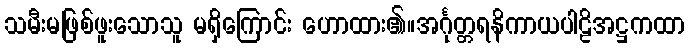
သမီးမဖြစ်ဖူးသောသူ မရှိကြောင်း ဟောထား၏။အင်္ဂုတ္တရနိကာယပါဠိအဋ္ဌကထာ